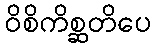
ဝိစိကိစ္ဆတိပေ